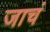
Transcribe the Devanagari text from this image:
जाचं